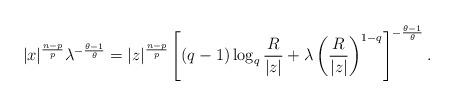
LaTeX: \begin{align*}|x|^{\frac{n-p}{p}}\lambda^{-\frac{\theta-1}{\theta}}=|z|^{\frac{n-p}{p}}\left[(q-1)\log_{q}\frac{R}{|z|}+\lambda\left(\frac{R}{|z|}\right)^{1-q}\right]^{-\frac{\theta-1}{\theta}}.\end{align*}